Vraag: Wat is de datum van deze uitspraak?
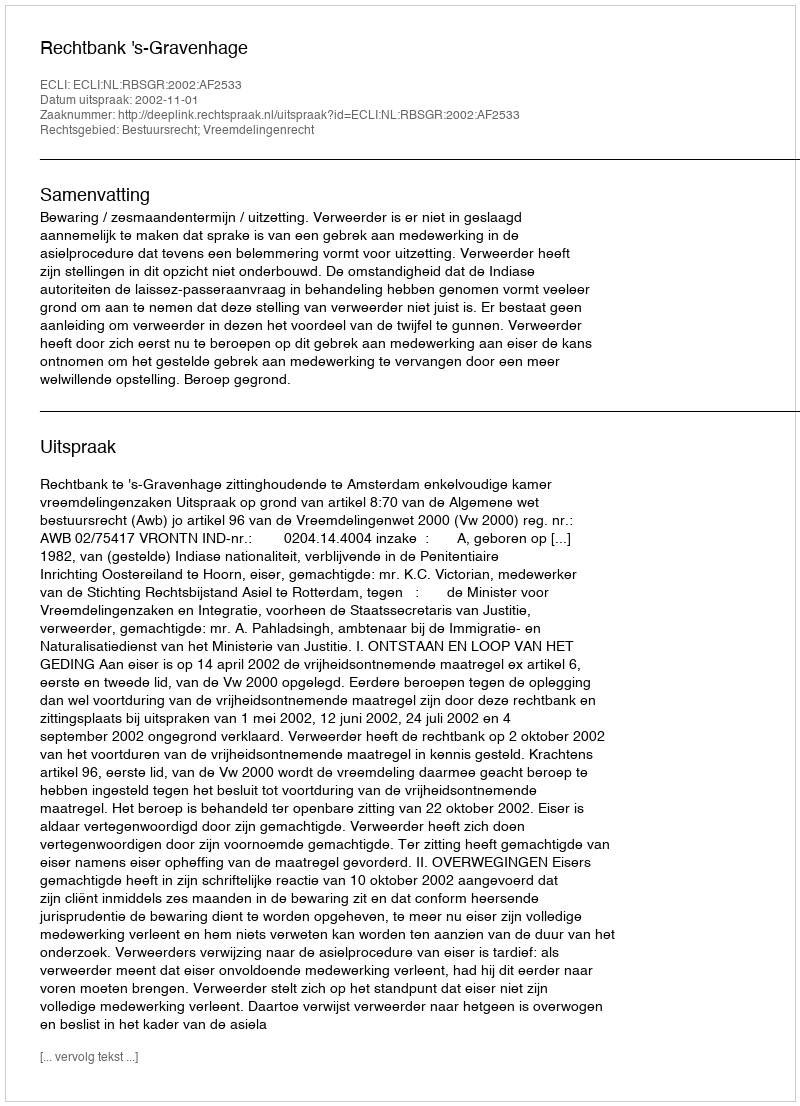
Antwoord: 2002-11-01